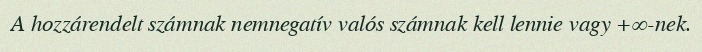
A hozzárendelt számnak nemnegatív valós számnak kell lennie vagy +∞-nek.